Manual of the Civil Veterinary Department, Central Provinces and Berar
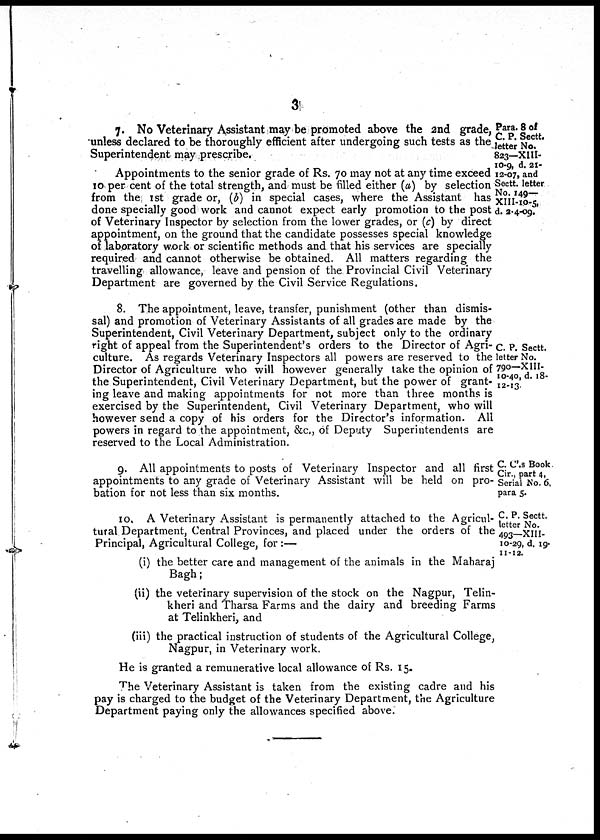
3
Para. 8 of
C. P. Sectt.
letter No.
823—XIII-
10-9, d. 21-
12-07, and
Soctt. letter
No. 149—
XIII-10-5,
d. 2.4-09.
7. No Veterinary Assistant may be promoted above the 2nd grade,
unless declared to be thoroughly efficient after undergoing such tests as the
Superintendent may prescribe.
Appointments to the senior grade of Rs. 70 may not at any time exceed
10 per cent of the total strength, and must be filled either (a) by selection
from the 1st grade or, (b) in special cases, where the Assistant has
done specially good work and cannot expect early promotion to the post
of Veterinary Inspector by selection from the lower grades, or (c) by direct
appointment, on the ground that the candidate possesses special knowledge
of laboratory work or scientific methods and that his services are specially
required and cannot otherwise be obtained. All matters regarding the
travelling allowance, leave and pension of the Provincial Civil Veterinary
Department are governed by the Civil Service Regulations.
C. P. Sectt.
letter No.
790—XIII-
10-40, d. 18-
12-13.
8. The appointment, leave, transfer, punishment (other than dismis-
sal) and promotion of Veterinary Assistants of all grades are made by the
Superintendent, Civil Veterinary Department, subject only to the ordinary
right of appeal from the Superintendent's orders to the Director of Agri-
culture. As regards Veterinary Inspectors all powers are reserved to the
Director of Agriculture who will however generally take the opinion of
the Superintendent, Civil Veterinary Department, but the power of grant-
ing leave and making appointments for not more than three months is
exercised by the Superintendent, Civil Veterinary Department, who will
however send a copy of his orders for the Director's information. All
powers in regard to the appointment, &c., of Deputy Superintendents are
reserved to the Local Administration.
C. C'.s Book
Cir., part 4,
Serial No. 6,
para 5.
9. All appointments to posts of Veterinary Inspector and all first
appointments to any grade of Veterinary Assistant will be held on pro-
bation for not less than six months.
C. P. Sectt.
letter No.
493—XIII-
10-29, d. 19-
11 -12.
10. A Veterinary Assistant is permanently attached to the Agricul-
tural Department, Central Provinces, and placed under the orders of the
Principal, Agricultural College, for:—
(i) the better care and management of the animals in the Maharaj
Bagh;
(ii) the veterinary supervision of the stock on the Nagpur, Telin-
kheri and Tharsa Farms and the dairy and breeding Farms
at Telinkheri, and
(iii) the practical instruction of students of the Agricultural College,
Nagpur, in Veterinary work.
He is granted a remunerative local allowance of Rs. 15.
The Veterinary Assistant is taken from the existing cadre and his
pay is charged to the budget of the Veterinary Department, the Agriculture
Department paying only the allowances specified above.